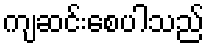
ကျဆင်းစေပါသည်